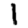
Digit: 1